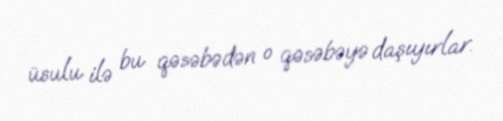
üsulu ilə bu qəsəbədən o qəsəbəyə daşıyırlar.